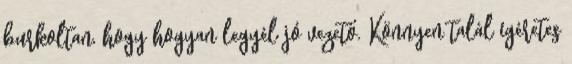
burkoltan, hogy hogyan legyél jó vezető. Könnyen talál ígéretes